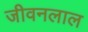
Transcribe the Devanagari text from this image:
जीवनलाल